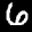
Label: 6